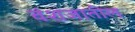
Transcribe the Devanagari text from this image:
वंशजातील